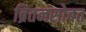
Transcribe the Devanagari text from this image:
ब्रितनसोबत